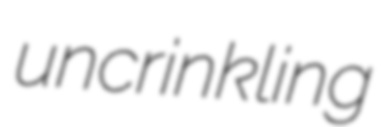
uncrinkling